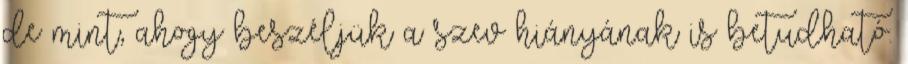
de mint, ahogy beszéljük a szev hiányának is betudható.